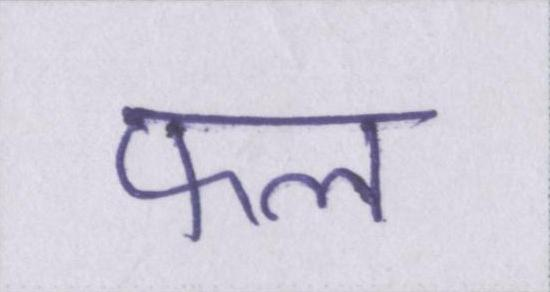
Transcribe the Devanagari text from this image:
फल